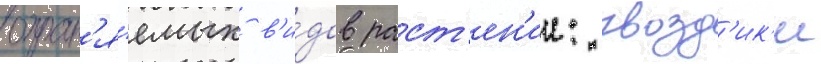
охран'я́емых в'и́дов раст'ен'ии: гвозд'ик'и